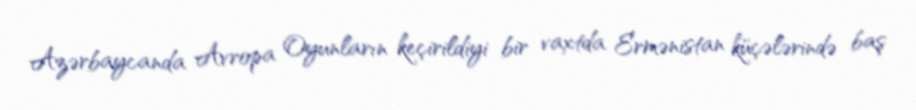
Azərbaycanda Avropa Oyunların keçirildiyi bir vaxtda Ermənistan küçələrində baş